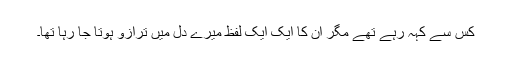
کس سے کہہ رہے تھے مگر ان کا ایک ایک لفظ میرے دل میں ترازو ہوتا جا رہا تھا۔